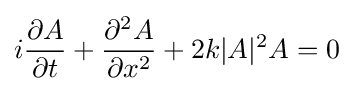
i{\frac {\partial A}{\partial t}}+{\frac {\partial ^{2}A}{\partial x^{2}}}+2k|A|^{2}A=0